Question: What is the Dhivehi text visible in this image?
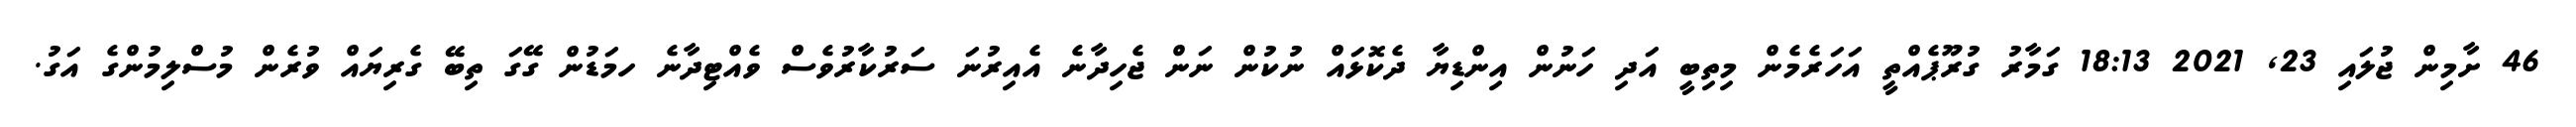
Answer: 46 ށާމިން ޖުލައި 23, 2021 18:13 ގަމާރު ގުރޫޕެއްތީ އަހަރެމެން މިތިބީ އަދި ހަނުން އިންޑިޔާ ދެކޮޅައް ނުކުން ނަން ޖެހިދާނެ އެއިރުނަ ސަރުކާރުވެސް ވެއްޓިދާނެ ހމަޑުން ގޭގަ ތިބޭ ގެރިޔައް ވުރެން މުސްލިމުންގެ އަގު.